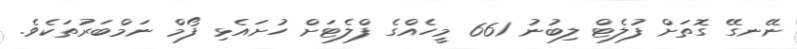
ނޭނގޭ ގޮތަށް ފުލެޓް ލިބުނު 661 މީހެއްގެ ފްލެޓަށް ހުށައެޅި ފޯމް ނަމްބަރުތަކެވެ.